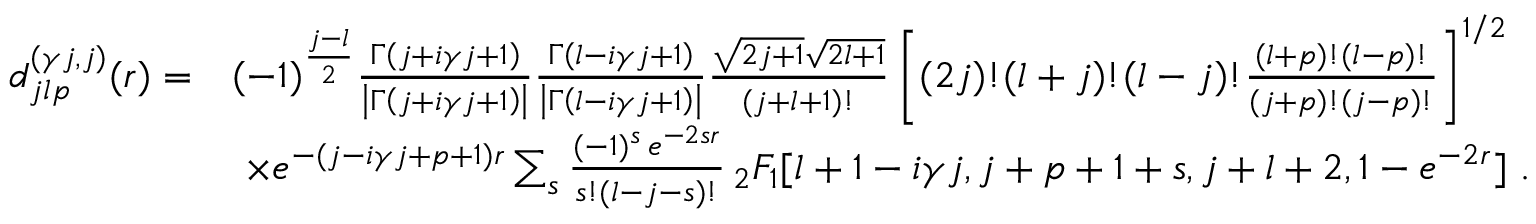
\begin{array} { r l } { d _ { j l p } ^ { ( \gamma j , j ) } ( r ) = } & { ( - 1 ) ^ { \frac { j - l } { 2 } } \frac { \Gamma \left( j + i \gamma j + 1 \right) } { \left| \Gamma \left( j + i \gamma j + 1 \right) \right| } \frac { \Gamma \left( l - i \gamma j + 1 \right) } { \left| \Gamma \left( l - i \gamma j + 1 \right) \right| } \frac { \sqrt { 2 j + 1 } \sqrt { 2 l + 1 } } { ( j + l + 1 ) ! } \left[ ( 2 j ) ! ( l + j ) ! ( l - j ) ! \frac { ( l + p ) ! ( l - p ) ! } { ( j + p ) ! ( j - p ) ! } \right] ^ { 1 / 2 } } \\ & { \ \times e ^ { - ( j - i \gamma j + p + 1 ) r } \sum _ { s } \frac { ( - 1 ) ^ { s } \, e ^ { - 2 s r } } { s ! ( l - j - s ) ! } \, _ { 2 } F _ { 1 } [ l + 1 - i \gamma j , j + p + 1 + s , j + l + 2 , 1 - e ^ { - 2 r } ] \ . } \end{array}